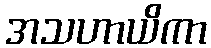
အသဟာယိကာ